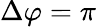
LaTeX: \Delta\varphi=\pi